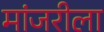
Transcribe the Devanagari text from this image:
मांजरीला